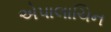
એપાલાચિન